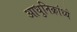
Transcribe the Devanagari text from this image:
आधुनिक्रांध्ये